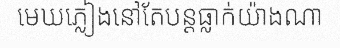
មេឃភ្លៀងនៅតែបន្តធ្លាក់យ៉ាងណា